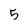
Character: 5